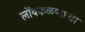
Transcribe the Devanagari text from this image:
लोंबकळणार्‍या